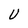
Character: U